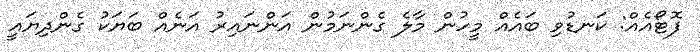
ފޮޓޯއެއް: ކަނޑުވި ބައެެއް މީހުން މާލެ ގެންނަމުން އަންނައިރު އަނެއް ބަޔަކު ގެންދިޔައީ